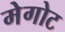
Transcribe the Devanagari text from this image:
मेगोट